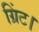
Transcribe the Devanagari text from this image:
ग्रिंट।